Indian journal of veterinary science and animal husbandry - Volume 5,
Year: 1935
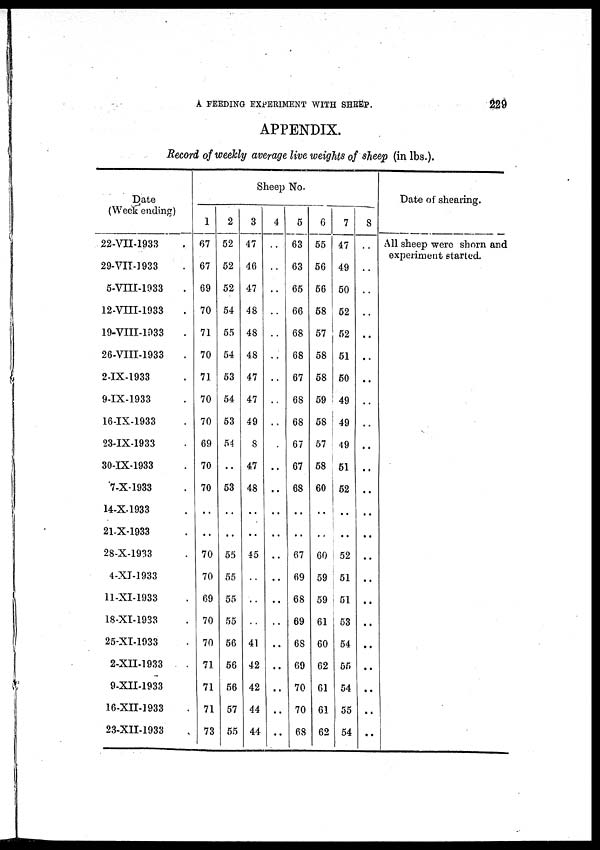
A FEEDING EXPERIMENT WITH SHEEP.
229
APPENDIX.
Record of weekly average live weights of sheep (in lbs.).
Date
(Week ending)
22.VII.1933
29-VIT.1933
5-VIII-1933
12-VIII-1933
19-VIII-1933
26-VIII-1933
2-IX-1933
9-IX-1933
16-IX-1933
23-IX-1933
30-IX-1933
7-X-1933
14-X-1933
21-X-1933
28-X-1933
4-XI-1933
11-XI-1933
18-XI-1933
25-XI-1933
2-XII-1933
9-XII-1933
16-XII-1933
23-XII-1933
Sheep No.
1
67
67
69
70
71
70
71
70
70
69
70
70
..
..
70
70
69
70
70
71.
71
71
73
2
52
52
52
54
55
54
53
54
53
54
..
53
..
..
55
55
55
55
56
56
56
57
55
3
47
46
47
48
48
48
47
47
49
8
47
48
..
..
45
..
..
..
41
42
42
44
44
4
..
..
..
..
..
..
..
..
..
..
..
..
..
..
..
..
..
..
..
..
..
..
..
5
63
63
65
66
68
68
67
68
68
67
67
68
..
..
67
69
68
69
68
69
70
70
68
6
55
56
56
58
57
58
58
59
58
57
58
60
..
..
60
59
59
61
60
62
61
61
62
7
47
49
50
52
52
51
50
49
49
49
51
52
..
..
52
51
51
53
54
55
54
55
54
8
..
..
..
..
..
..
..
..
..
..
..
..
..
..
..
..
..
..
..
..
..
..
..
Date of shearing.
All sheep were shorn and
experiment started.